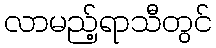
လာမည့်ရာသီတွင်